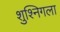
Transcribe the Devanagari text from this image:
शुश्निगला